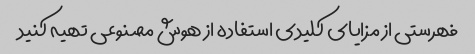
فهرستی از مزایای کلیدی استفاده از هوش مصنوعی تهیه کنید